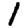
Digit: 1